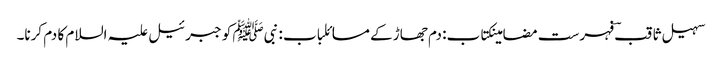
سہیل ثاقبؔ فہرست مضامینکتاب: دم جھاڑ کے مسائلباب : نبیﷺ کو جبرئیل علیہ السلام کا دم کرنا۔